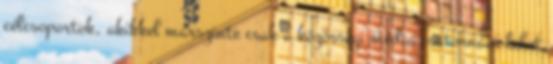
célcsoportok, akikkel márszinte csak a közösségi média csatornáin lehet